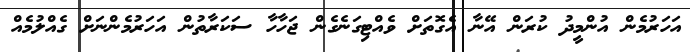
އަހަރުމެން އުންމީދު ކުރަން އޭނާ އެގޮތަށް ވެއްޓިގަނެގެން ޖަހާހާ ސަކަރާތުން އަހަރުމެންނަށް ގެއްލުމެއް